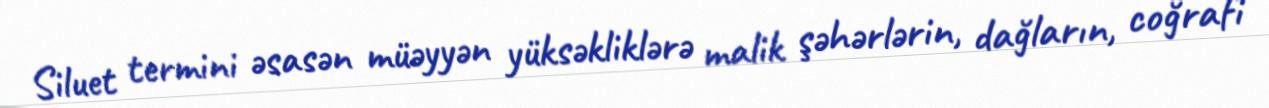
Siluet termini əsasən müəyyən yüksəkliklərə malik şəhərlərin, dağların, coğrafi